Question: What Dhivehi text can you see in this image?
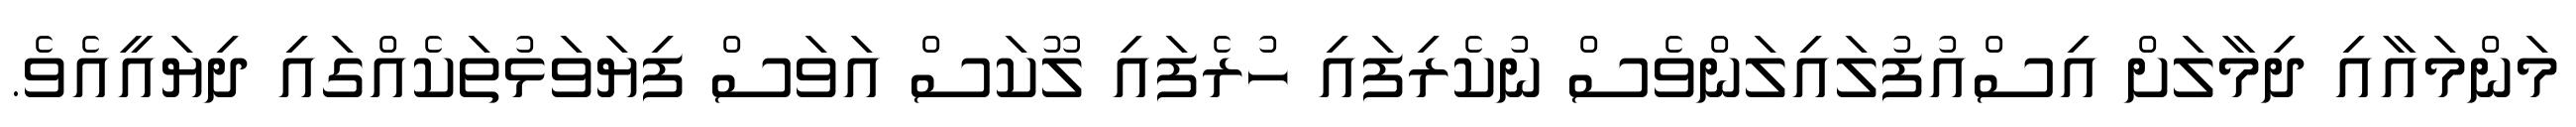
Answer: މަންމައާއި ދިމާލަށް އިސްއުފުލައިލަންވެސް ނުކެރިފައި ހުރެފައި ލޫކަސް އަވަސް ފިޔަވަޅުތަކެއްގައި ދިޔައީއެވެ.